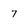
Character: 7